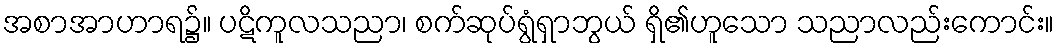
အစာအာဟာရ၌။ ပဋိကူလသညာ၊ စက်ဆုပ်ရွံရှာဘွယ် ရှိ၏ဟူသော သညာလည်းကောင်း။